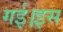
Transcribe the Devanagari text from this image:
गई।इस